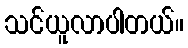
သင်ယူလာပါတယ်။